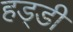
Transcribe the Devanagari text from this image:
हड्‍डी